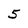
Character: 5